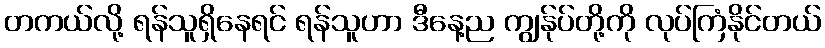
တကယ်လို့ ရန်သူရှိနေရင် ရန်သူဟာ ဒီနေ့ည ကျွန်ုပ်တို့ကို လုပ်ကြံနိုင်တယ်